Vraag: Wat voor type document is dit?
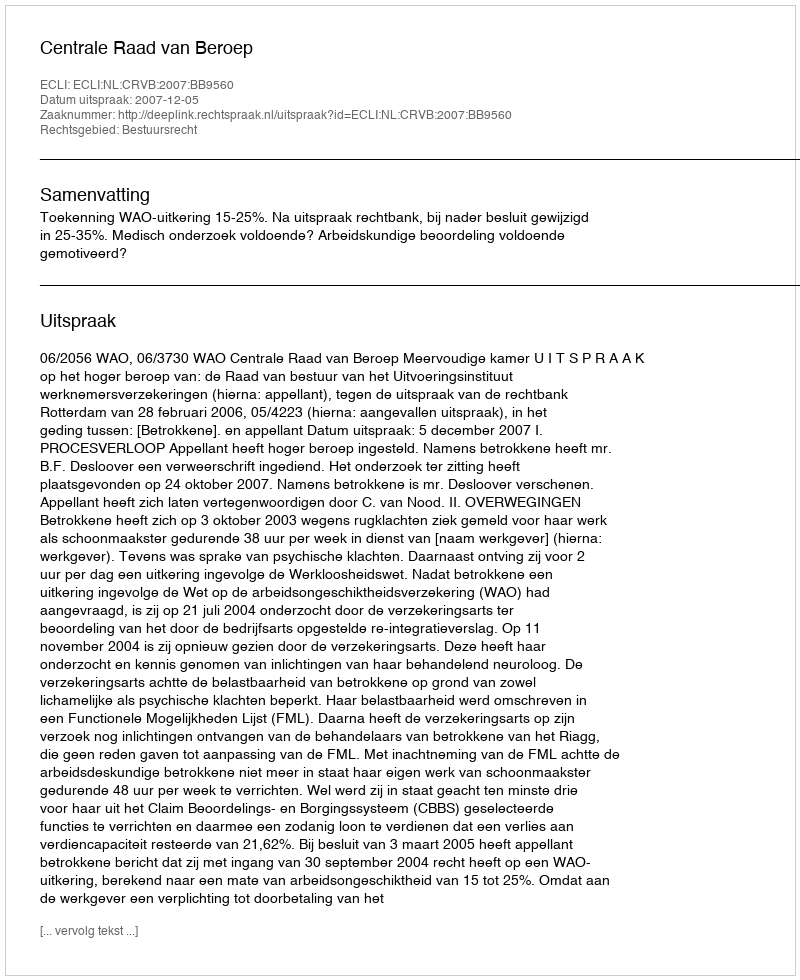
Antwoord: Uitspraak